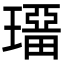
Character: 𤩾